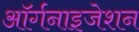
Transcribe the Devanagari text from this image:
आॅर्गनाइजेशन